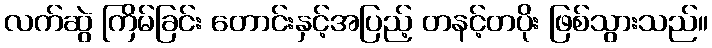
လက်ဆွဲ ကြိမ်ခြင်း တောင်းနှင့်အပြည့် တနင့်တပိုး ဖြစ်သွားသည်။